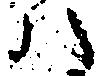
ハ